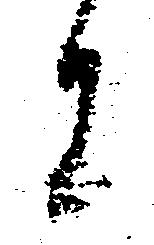
に